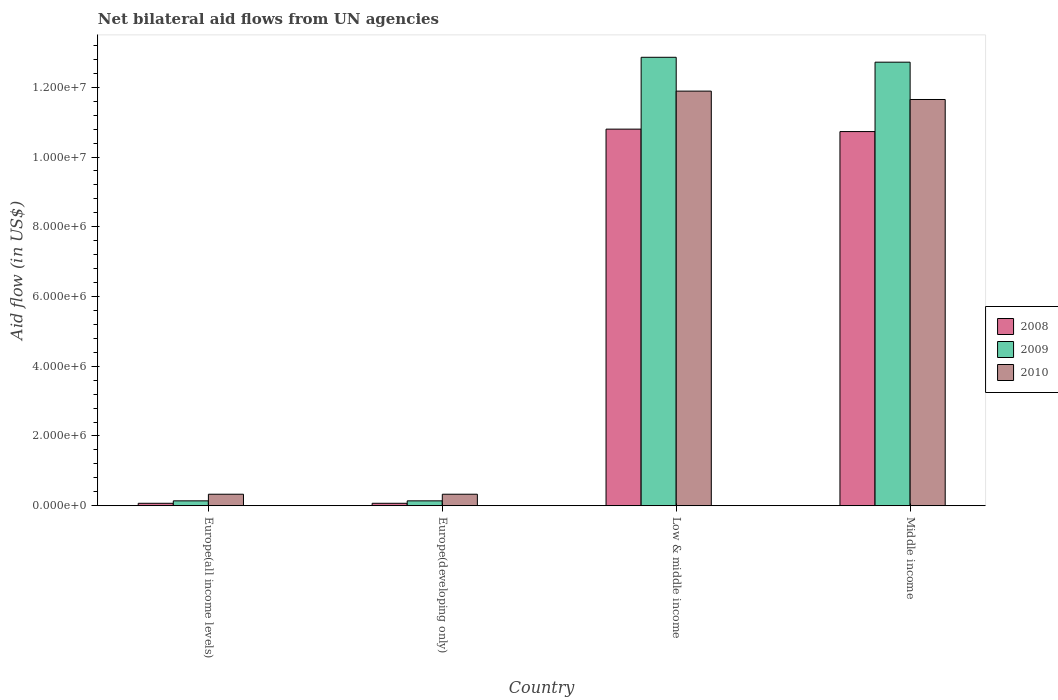
| Country | 2008 | 2009 | 2010 |
 | --- | --- | --- | --- |
 | Europe(all income levels) | 7e+04 | 1.4e+05 | 3.3e+05 |
 | Europe(developing only) | 7e+04 | 1.4e+05 | 3.3e+05 |
 | Low & middle income | 1.08e+07 | 1.29e+07 | 1.19e+07 |
 | Middle income | 1.07e+07 | 1.27e+07 | 1.16e+07 |